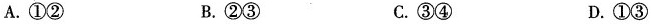
A.①② B.②③ C.③④ D.①③